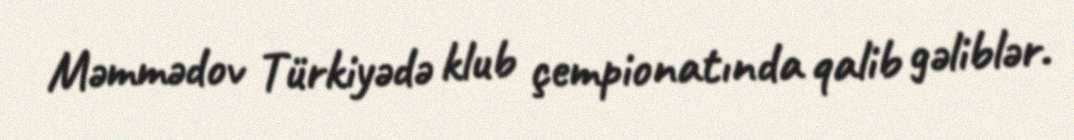
Məmmədov Türkiyədə klub çempionatında qalib gəliblər.